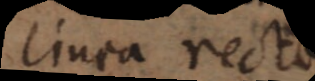
linea recta